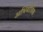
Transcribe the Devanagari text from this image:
अभियाँत्रिक